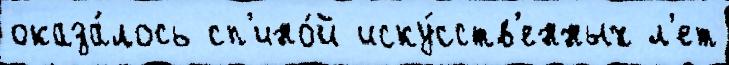
оказа́лось сп'ино́й иску́сств'енных л'ет